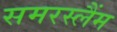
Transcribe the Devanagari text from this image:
समरस्लैंम